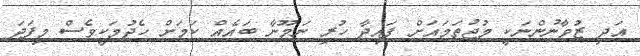
އަދި ޒުވާނުންނަކީ މުޖުތަމައަށް ފައިދާ ހުރި ނަމޫނާ ބައެއް ކަމަށް ހެދުމަކީވެސް މިފަދަ